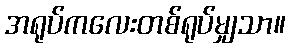
အရုပ်ကလေးတစ်ရုပ်မျှသာ။